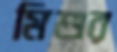
মিশুর